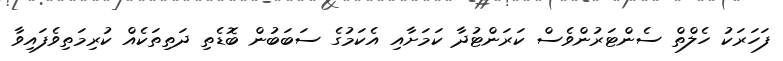
ފަހަރަކު ހެލްތް ސެންޓަރުންވެސް ކަރަންޓުދާ ކަމަށާއި އެކަމުގެ ސަބަބުން ބޮޑެތި ދަތިތަކެއް ކުރިމަތިވެފައިވާ